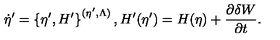
\dot { \eta } ^ { \prime } = \left\{ \eta ^ { \prime } , H ^ { \prime } \right\} ^ { ( \eta ^ { \prime } , \Lambda ) } , H ^ { \prime } ( \eta ^ { \prime } ) = H ( \eta ) + \frac { \partial \delta W } { \partial t } .